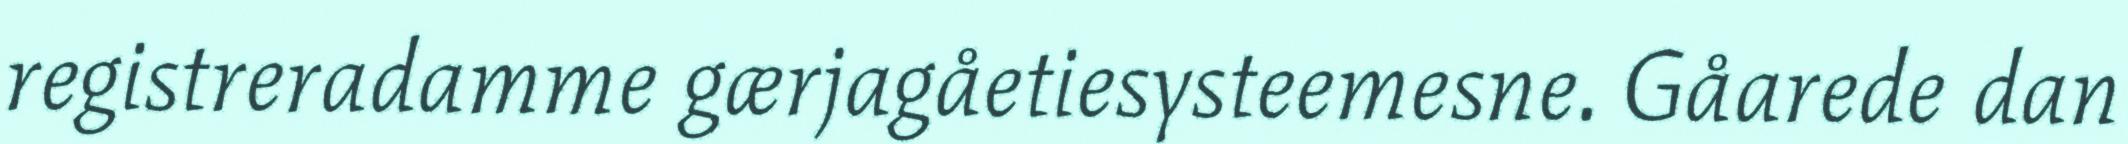
registreradamme gærjagåetiesysteemesne. Gåarede dan